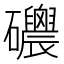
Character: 𥗸